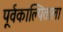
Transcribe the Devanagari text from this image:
पूर्वकाल्पिताला